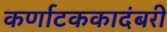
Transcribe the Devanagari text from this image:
कर्णाटककादंबरी